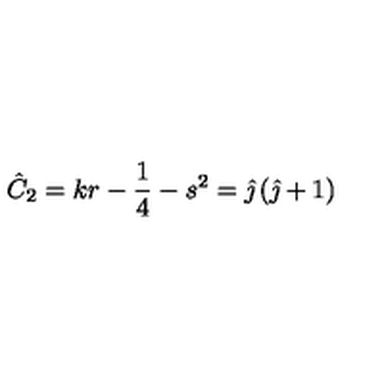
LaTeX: \hat { C } _ { 2 } = k r - \frac { 1 } { 4 } - s ^ { 2 } = \hat { \jmath } \left( \hat { \jmath } + 1 \right)